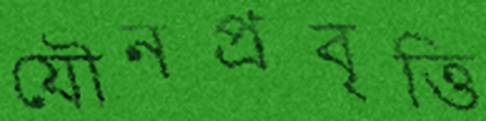
যৌনপ্রবৃত্তি